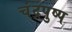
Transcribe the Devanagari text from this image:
चंद्रपुष्प